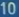
10